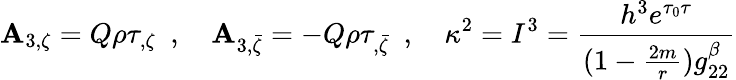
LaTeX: \mathbf{A}_{3,\zeta}=Q\rho\tau_{,\zeta}\ \ ,\ \ \ \ \mathbf{A}_{3,\bar{{\zeta}}}=-Q\rho\tau_{,\bar{{\zeta}}}\ \ ,\ \ \ \ \kappa^{2}=I^{3}={\frac{{h^{3}e^{\tau_{0}\tau}}}{{(1-{\frac{{2m}}{{r}}})g_{22}^{\beta}}}}